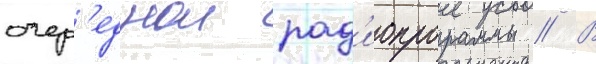
очер'еднои рад'иопрограммы // В